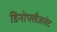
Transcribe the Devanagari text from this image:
डिनोफ्लैजलेट